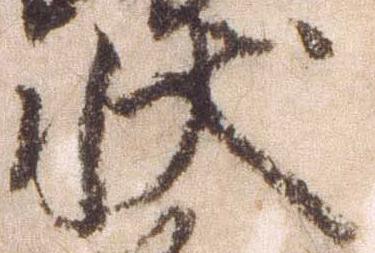
状